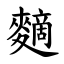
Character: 䵂